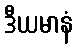
ဒီယမာနံ